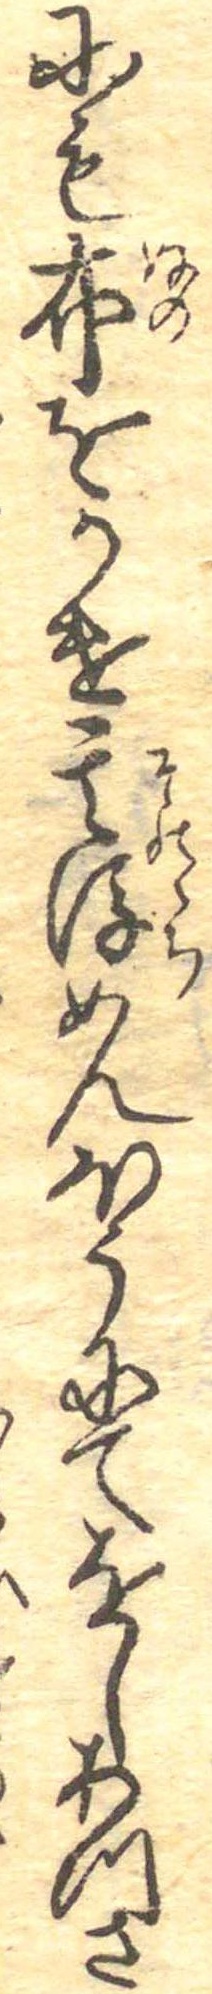
にも布をかけ其後めんほうにてをしあつさ